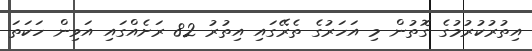
އިތުރުކުރުމުގެ ގޮތުން މި އަހަރުގެ ތެރޭގައި އިތުރު 82 ރަށެއްގައި އަވިން ހަކަތަ